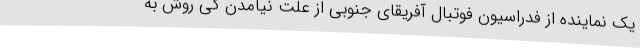
یک نماینده از فدراسیون فوتبال آفریقای جنوبی از علت نیامدن کی روش به